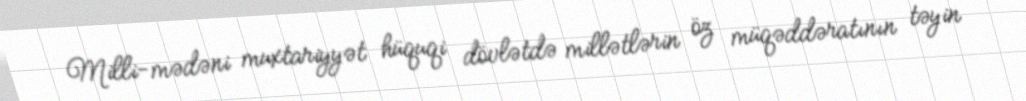
Milli-mədəni muxtariyyət hüquqi dövlətdə millətlərin öz müqəddəratının təyin